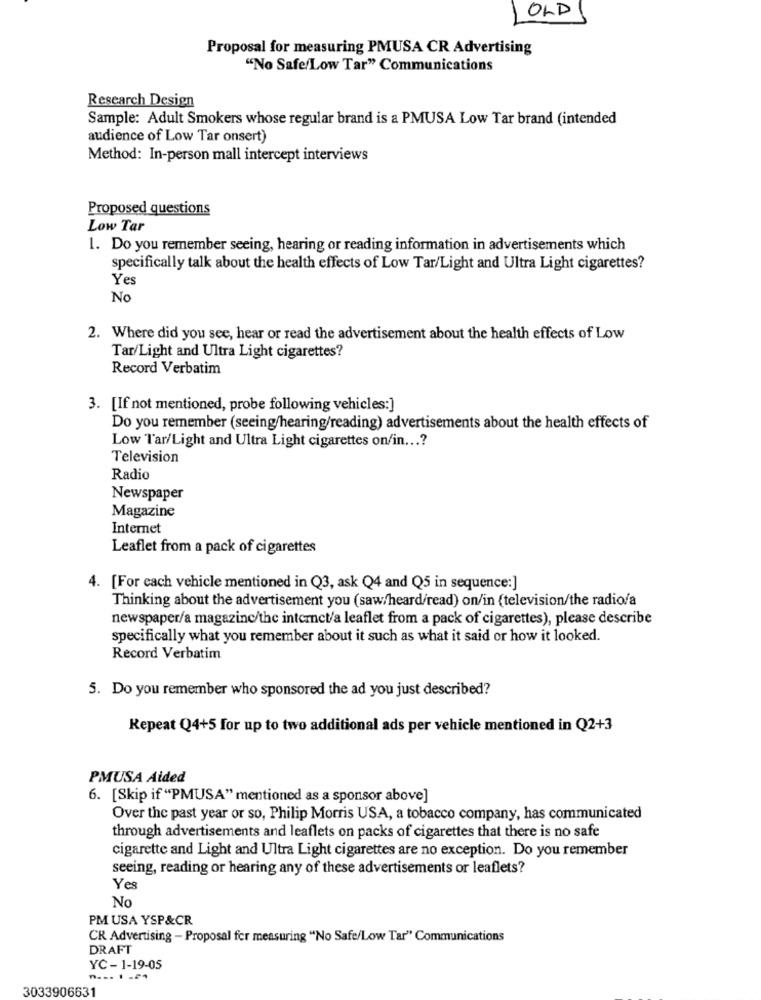
OLD
Proposal for measuring PMUSA CR Advertising
"No Safe/Low Tar" Communications
Research Design
Sample: Adult Smokers whose regular brand is a PMUSA Low Tar brand (intended
audience of Low Tar onsert)
Method: In-person mall intercept interviews
Proposed questions
Low Tar
1. Do you remember seeing, hearing or reading information in advertisements which
specifically talk about the health effects of Low Tar/Light and Ultra Light cigarettes?
Yes
No
2. Where did you see, hear or read the advertisement about the health effects of Low
Tar/Light and Ultra Light cigarettes?
Record Verbatim
3. [If not mentioned, probe following vehicles:]
Do you remember (seeing/hearing/reading) advertisements about the health effects of
Low Tar/Light and Ultra Light cigarettes on/in ...?
Television
Radio
Newspaper
Magazine
Internet
Leaflet from a pack of cigarettes
4. [For each vehicle mentioned in Q3, ask Q4 and Q5 in sequence:]
Thinking about the advertisement you (saw/heard/read) on/in (television/the radio/a
newspaper/a magazinc/the internet/a leaflet from a pack of cigarettes), please describe
specifically what you remember about it such as what it said or how it looked.
Record Verbatim
5. Do you remember who sponsored the ad you just described?
Repeat Q4+5 for up to two additional ads per vehicle mentioned in Q2+3
PMUSA Aided
6. [Skip if "PMUSA" mentioned as a sponsor above]
Over the past year or so, Philip Morris USA, a tobacco company, has communicated
through advertisements and leaflets on packs of cigarettes that there is no safe
cigarette and Light and Ultra Light cigarettes are no exception. Do you remember
seeing, reading or hearing any of these advertisements or leaflets?
Yes
No
PM USA YSP&CR
CR Advertising - Proposal for measuring "No Safe/Low Tar" Communications
DRAFT
YC - 1-19-05
3033906631